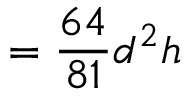
= { \frac { 6 4 } { 8 1 } } d ^ { 2 } h